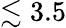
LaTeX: \lesssim 3.5